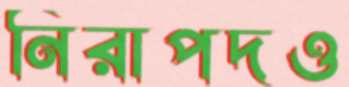
নিরাপদও